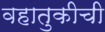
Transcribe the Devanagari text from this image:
वहातुकीची